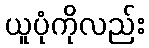
ယူပုံကိုလည်း